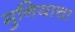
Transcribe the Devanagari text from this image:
मुनियाचा